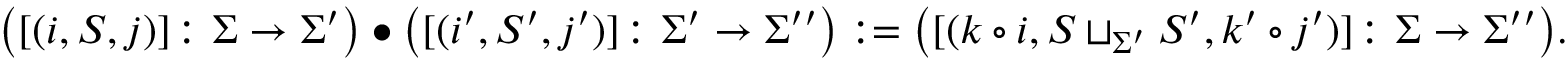
\big ( [ ( i , S , j ) ] \colon \Sigma \to \Sigma ^ { \prime } \big ) \bullet \big ( [ ( i ^ { \prime } , S ^ { \prime } , j ^ { \prime } ) ] \colon \Sigma ^ { \prime } \to \Sigma ^ { \prime \prime } \big ) : = \big ( [ ( k \circ i , S \sqcup _ { \Sigma ^ { \prime } } S ^ { \prime } , k ^ { \prime } \circ j ^ { \prime } ) ] \colon \Sigma \to \Sigma ^ { \prime \prime } \big ) .